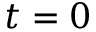
t = 0